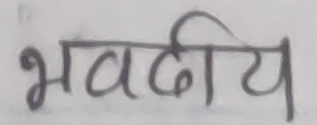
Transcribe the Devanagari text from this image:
भवदीय